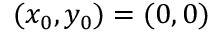
( x _ { 0 } , y _ { 0 } ) = ( 0 , 0 )